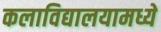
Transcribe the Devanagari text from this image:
कलाविद्यालयामध्ये